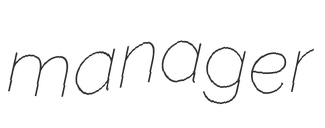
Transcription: manager